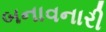
બનાવનારી